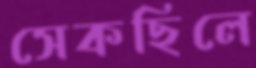
সেকছিলে